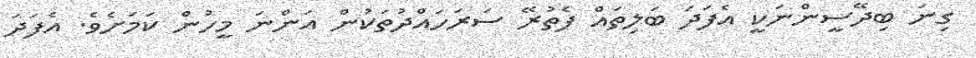
ގިނަ ބިދޭސީންނަކީ އެފަދަ ބަލިތައް ފެތުރޭ ސަރަހައްދުތަކުން އަންނަ މީހުން ކަމަށެވެ. އެފަދަ